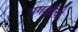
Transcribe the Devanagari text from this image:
पगडीचे